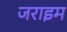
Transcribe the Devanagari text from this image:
जराइम